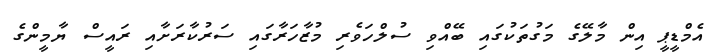
އެމްޑީޕީ އިން މާލޭގެ މަގުތަކުގައި ބޭއްވި ސުލްހަވެރި މުޒާހަރާގައި ސަރުކާރަށާއި ރައީސް ޔާމީންގެ